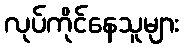
လုပ်ကိုင်နေသူများ